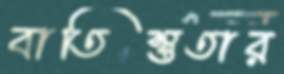
বাতিস্তুতার